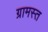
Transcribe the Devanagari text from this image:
ग्रामस्त